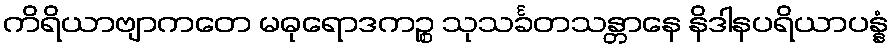
ကိရိယာဗျာကတေ မဓုရောဒကဉ္စ သုသင်္ခတသန္တာနေ နိဒါနပရိယာပန္နံ